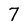
Character: 7